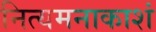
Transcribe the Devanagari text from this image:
नित्यमनाकाशं